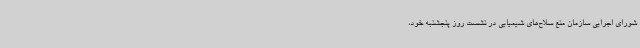
شورای اجرایی سازمان منع سلاح‌های شیمیایی در نشست روز پنجشنبه خود،